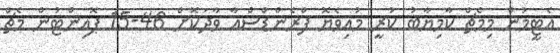
އެޓީމުން މިމެޗް ކާމިޔާބު ކުރީ މުއިވެޔޮ ފްރެންޑްސްއާ ވާދަކޮށް 46-15 ޕޮއިންޓުން މެޗް